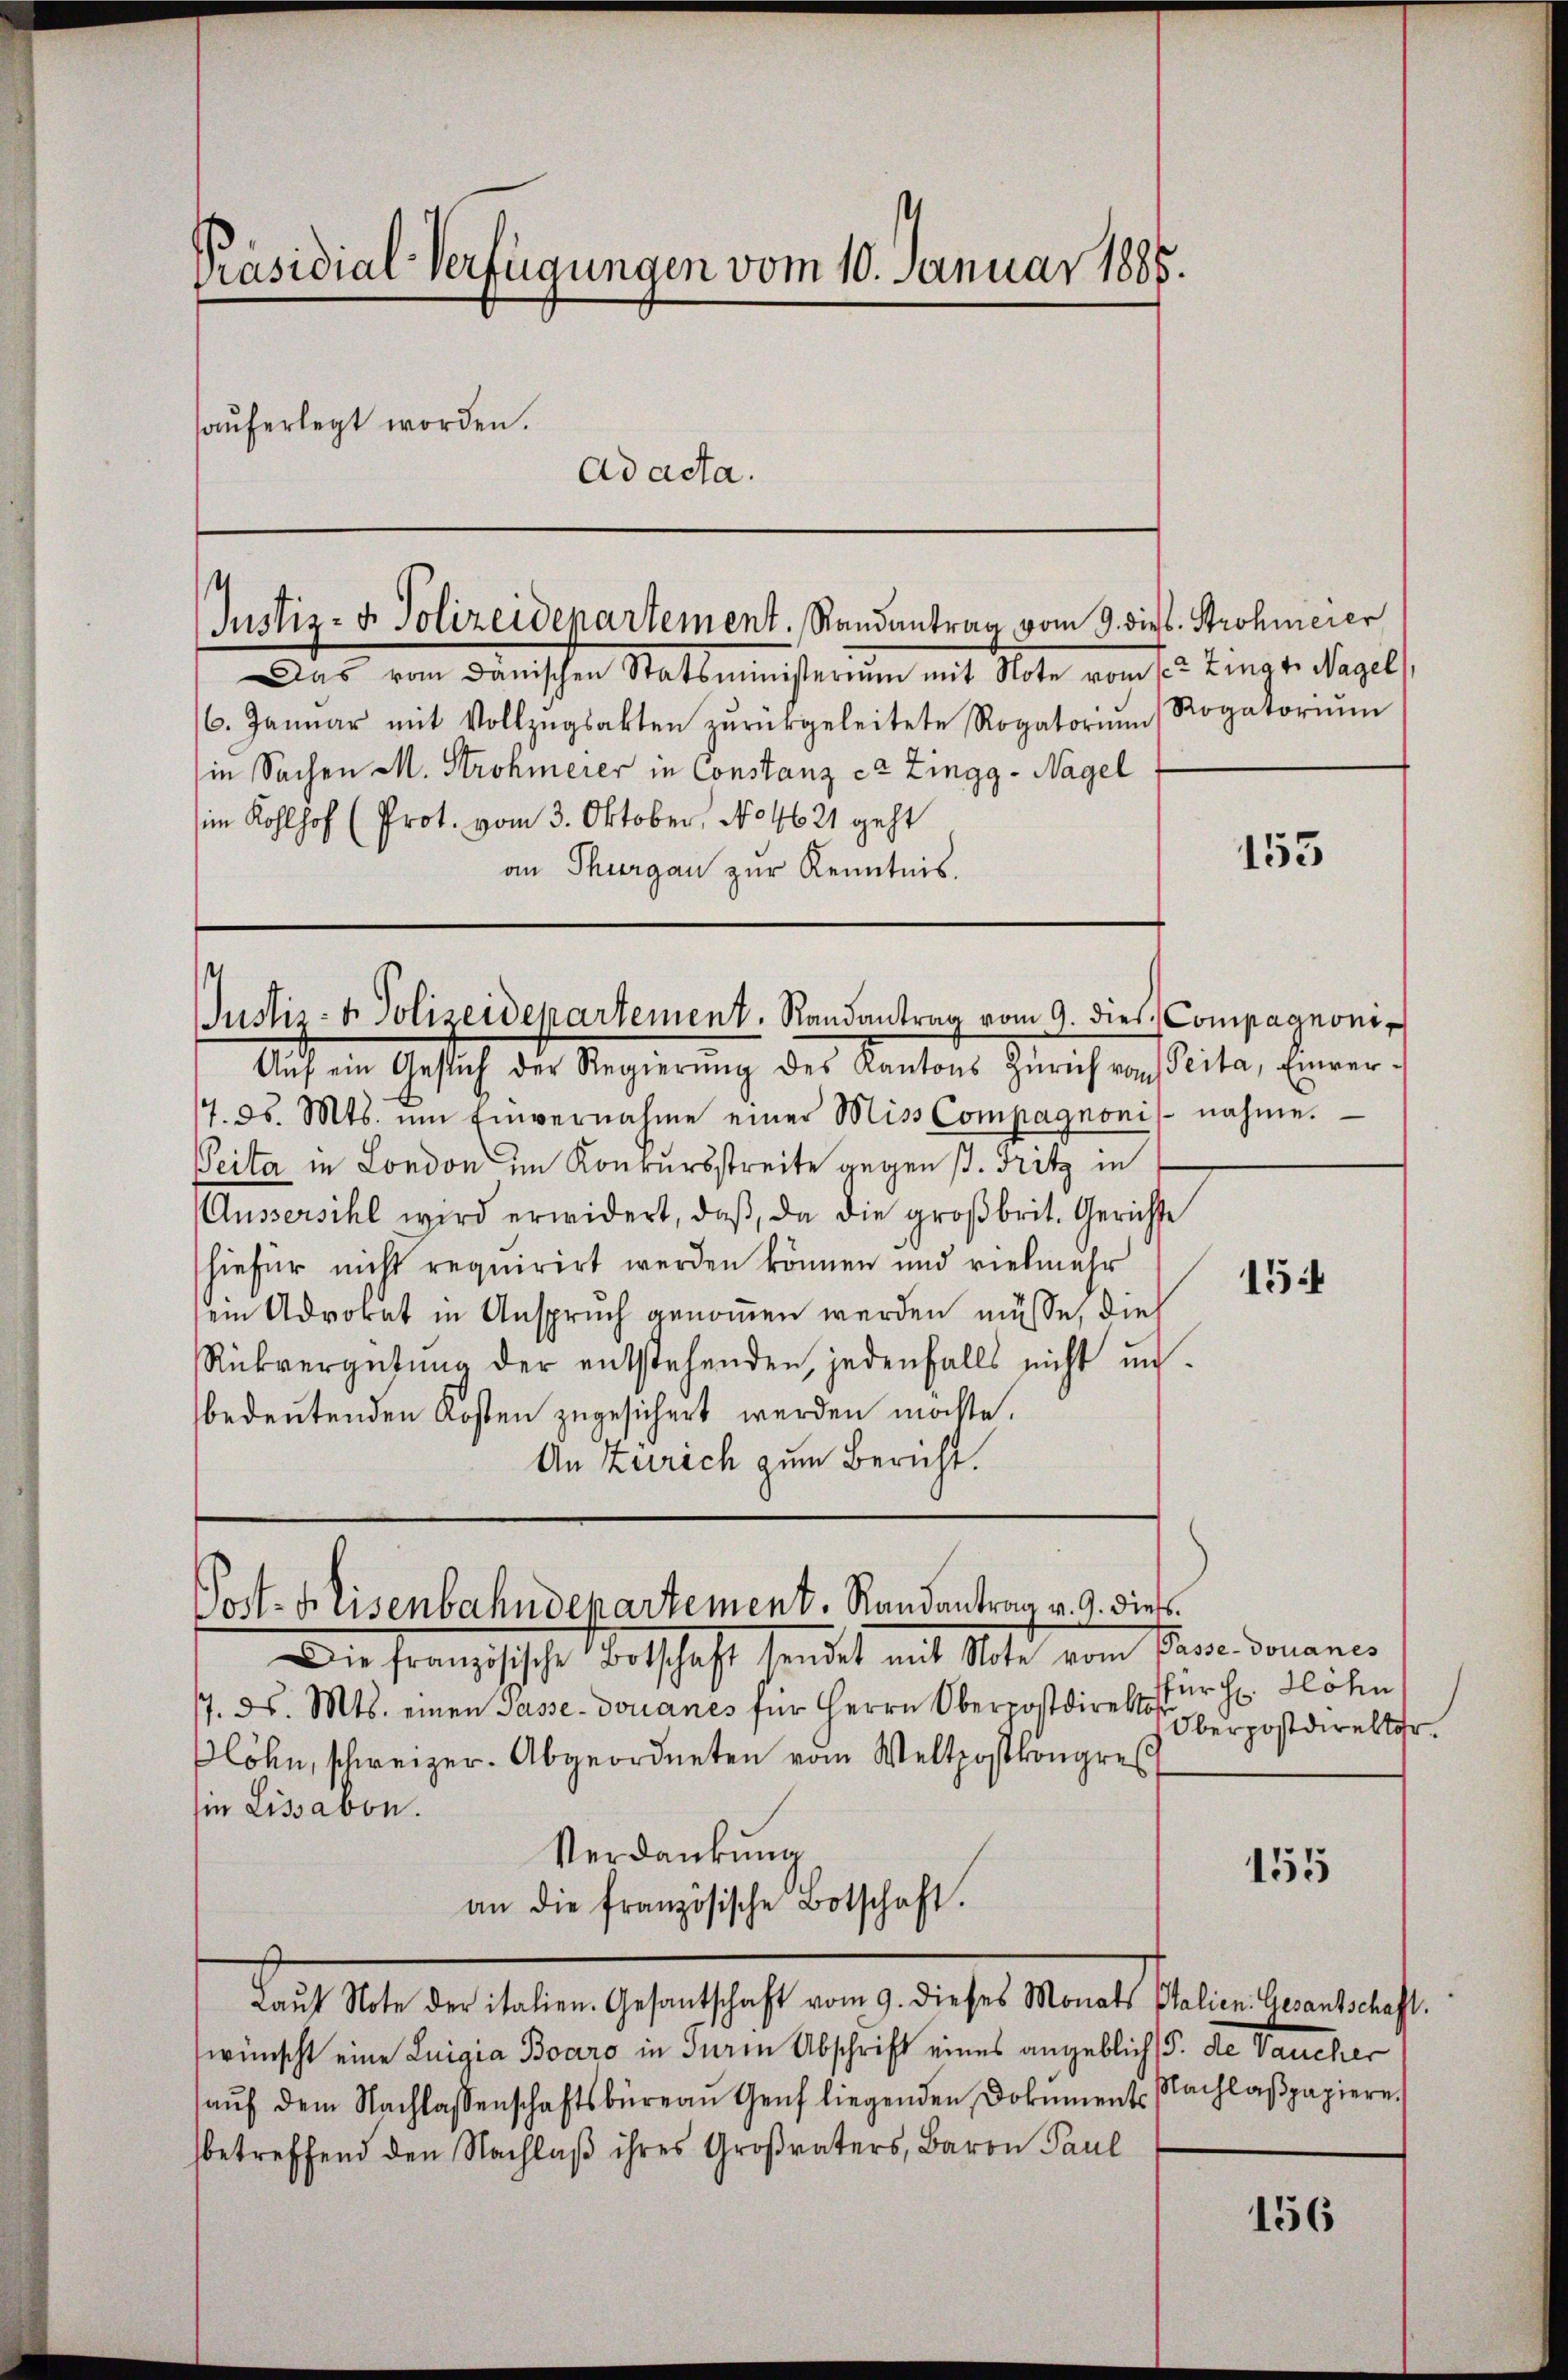
Präsidial-Verfügungen vom 10. Januar 1885.
haŭferlegt worden.
Ad acta.

¬
Justiz- & Polizeidepartement. Randantrag vom 9. die Strohmerer

Justiz- & Polizeidepartement. Randantrag vom 9. dies Compagnoni

Aŭf ein Gesŭch der Regierŭng des Kantons Zürich von Peita, Einver-
17. d. Mts. ŭm Einvernahme einer Miss Compagnonis nahme.
Peita in London im Konkursstreite gegen s. Fritz in
Aussersihl wird erwidert, daβ da die groβbrit. Gerichte
hiefür nicht requirirt werden können und vielmehr
ein Advokat in Anspruch genommen werden müsse, die
Rückvergütung der entstehenden, jedenfalls nicht unbedeutenden Kosten zugesichert werden möchte.
An Zürich zum Bericht.

Das vom Danischen Statsministerium mit Note vom 12ten Zingt. Nagel,
6. Januar mit Vollzŭgsakten zŭrückgeleitete Rogatoriŭm Rogatoriŭm
in Sachen M. Strohmerer in Constanz er Zingg - Nagel
(im Kohlhof (Prot. vom 3. Oktober, No 4621 geht
an Thurgau zur Kenntnis.

Post. Eisenbahndepartement. Randantrag v. 9. dies

Die französische Botschaft sendet mit Note vom 1ten Jonanes
7. ds. Mts. einen Pässe-Douanes für Herrn Oberpostdirektor verpostdirektor
Plöhn, schweizer. Abgeordneten vom Weltpostkongres
ie Lissabon.
Verdankung
an die französische Botschaft.
Las 14. der Matern Gehaltsteht an den hat der Gelten der als e
wünscht eine Luigia Boaro in derin Abschrift eines angeblich die Baucher
aŭf dem Nachlassenschaftsbüreau Genf liegenden Dokument. Nachlaβpapiere
betreffend den Nachlaß ihres Großvaters, Baron Paul

153

154

für Hr. Hohn,

155

156